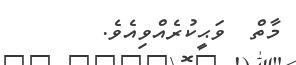
މާތް  ވަޙީކުރެއްވިއެވެ.